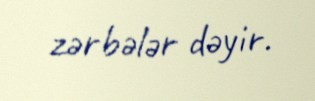
zərbələr dəyir.